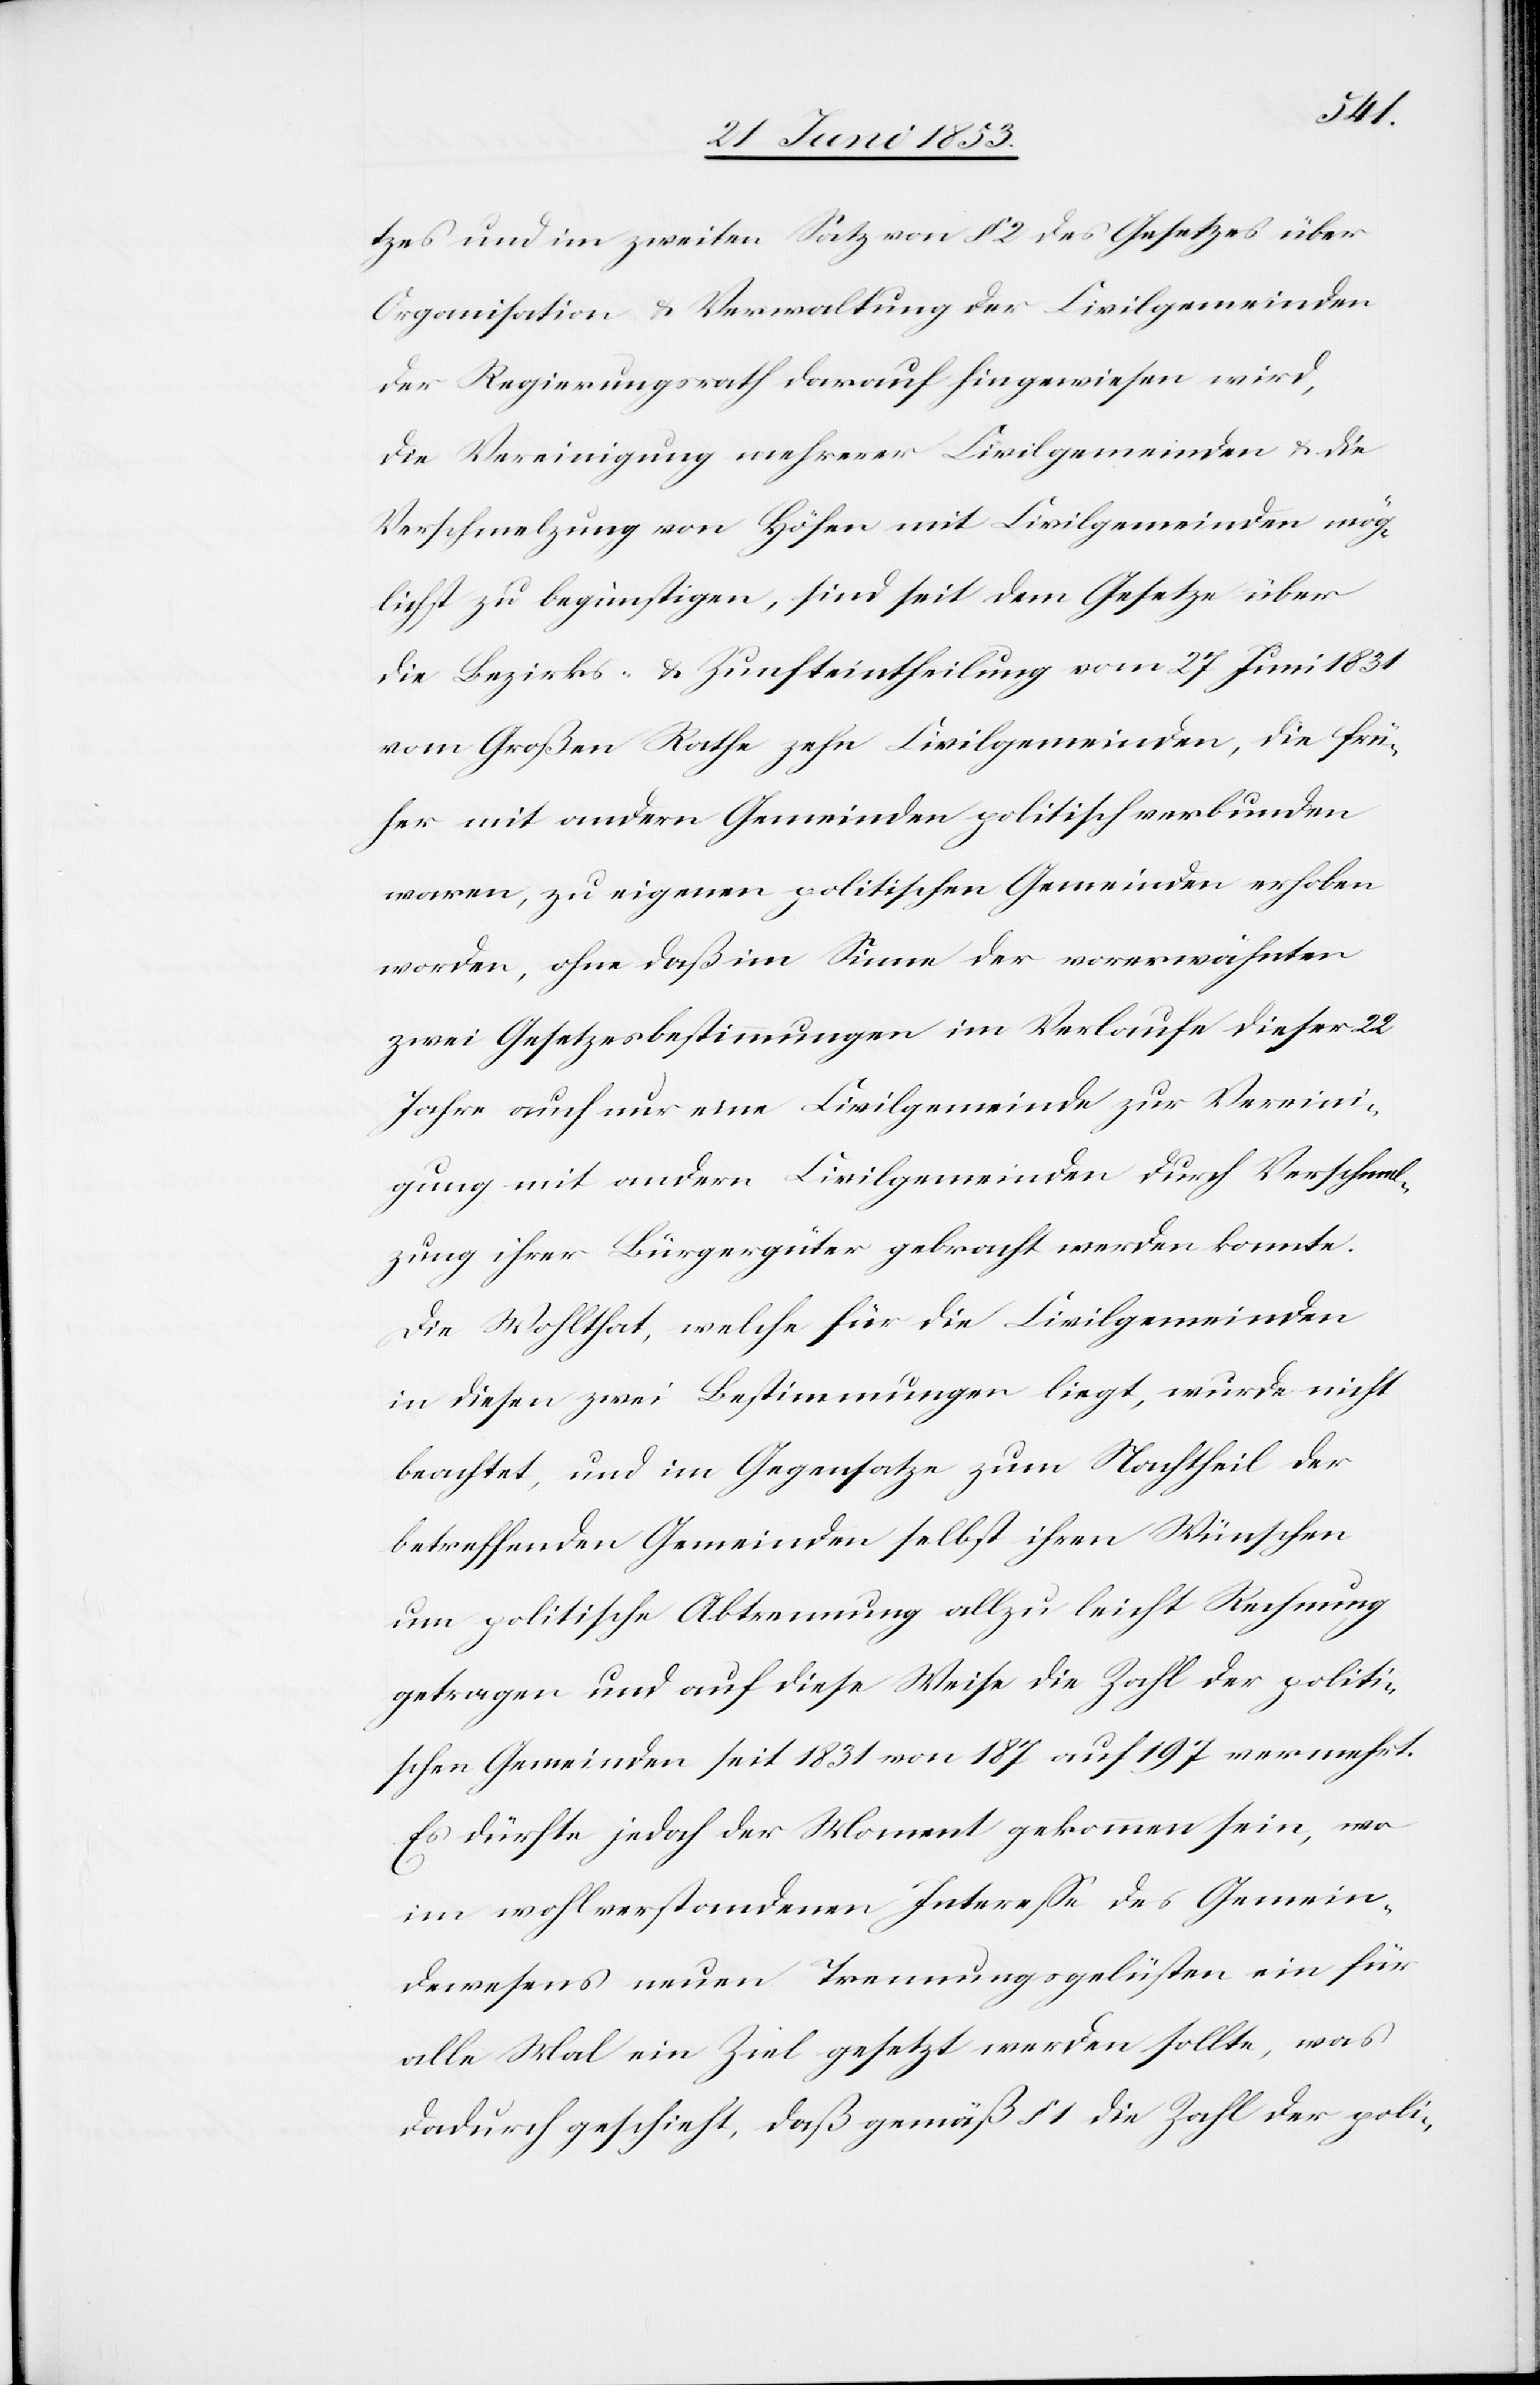
tzes und im zweiten Satz von § 2 des Gesetzes über
Organisation u. Verwaltung der Civilgemeinden
der Regierungsrath darauf hingewiesen wird,
die Vereinigung mehrerer Civilgemeinden u. die
Verschmelzung von Höfen mit Civilgemeinden mög¬
lichst zu begünstigen, sind seit dem Gesetze über
die Bezirks- u. Zunfteintheilung vom 27 Juni 1831
vom Großen Rathe zehn Civilgemeinden, die frü¬
her mit andern Gemeinden politisch verbunden
waren, zu eigenen politischen Gemeinden erhoben
worden, ohne daß im Sinne der vorerwähnten
zwei Gesetzesbestimmungen im Verlaufe dieser 22
Jahre auch nur eine Civilgemeinde zur Vereini¬
gung mit andern Civilgemeinden durch Verschmel¬
zung ihrer Bürgergüter gebracht werden konnte.
Die Wohlthat, welche für die Civilgemeinden
in diesen zwei Bestimmungen liegt, wurde nicht
beachtet, und im Gegensatze zum Nachtheil der
betreffenden Gemeinden selbst ihren Wünschen
um politische Abtretung allzu leicht Rechnung
getragen und auf diese Weise die Zahl der politi¬
schen Gemeinden seit 1831 von 187 auf 197 vermehrt.
Es dürfte jedoch der Moment gekommen sein, wo
im wohlverstandenen Intereße des Gemein¬
dewesens neuen Trennungsgelüsten ein für
alle Mal ein Ziel gesetzt werden sollte, was
dadurch geschieht, daß gemäß § 1 die Zahl der poli-